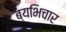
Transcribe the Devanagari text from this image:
ब्यभिचार